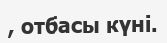
, отбасы күні.